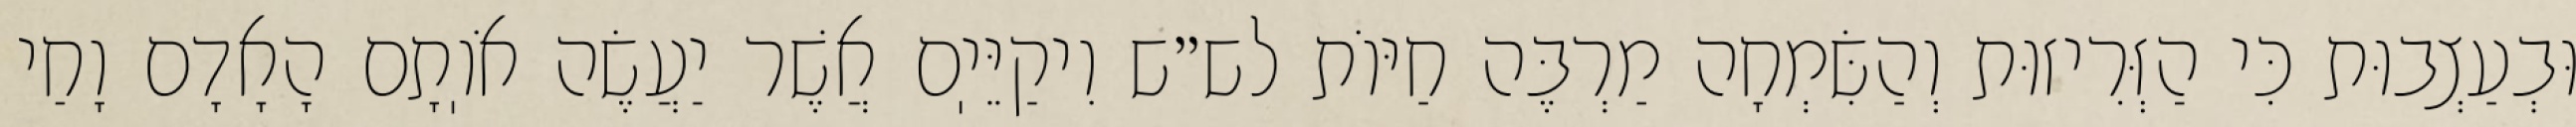
וּבְעַצְבוּת כִּי הַזְּרִיזוּת וְהַשִּׂמְחָה מַרְבֶּה חַיּוֹת לש״ש וִיקַיֵּיֽם אֲשֶׁר יַעֲשֶׂה אֹוֽתָם הָאָדָם וָחַי